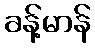
ခန့်မာန်